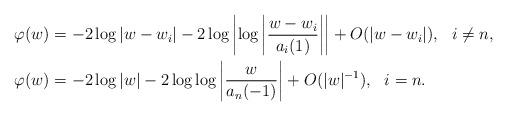
LaTeX: \begin{align*}\varphi(w) & =-2\log |w-w_i|-2\log \left|\log \left|\frac{w-w_i}{a_i(1)}\right|\right|+O(|w-w_i|),\ \ i\neq n, \\\varphi(w)&=-2\log\left|w\right|-2\log\log \left|\frac{w}{a_n(-1)}\right|+O(|w|^{-1}),\ \ i=n. \end{align*}